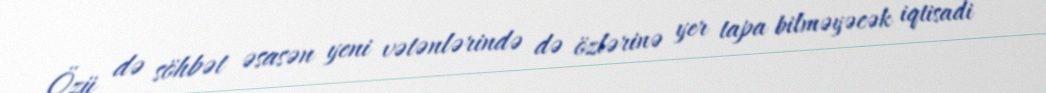
Özü də söhbət əsasən yeni vətənlərində də özlərinə yer tapa bilməyəcək iqtisadi